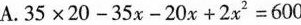
A. $$3 5 \times 2 0 - 3 5 x - 2 0 x + 2 x ^ { 2 } 2 = 6 0 0$$